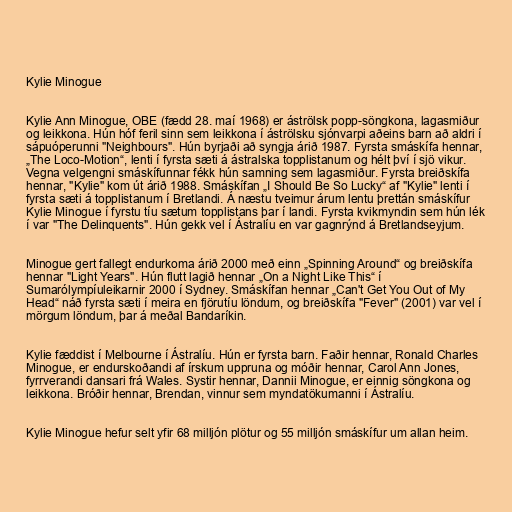
Kylie Minogue

Kylie Ann Minogue, OBE (fædd 28. maí 1968) er áströlsk popp-söngkona, lagasmiður
og leikkona. Hún hóf feril sinn sem leikkona í áströlsku sjónvarpi aðeins barn að aldri í
sápuóperunni "Neighbours". Hún byrjaði að syngja árið 1987. Fyrsta smáskífa hennar,
„The Loco-Motion“, lenti í fyrsta sæti á ástralska topplistanum og hélt því í sjö vikur.
Vegna velgengni smáskífunnar fékk hún samning sem lagasmiður. Fyrsta breiðskífa
hennar, "Kylie" kom út árið 1988. Smáskífan „I Should Be So Lucky“ af "Kylie" lenti í
fyrsta sæti á topplistanum í Bretlandi. Á næstu tveimur árum lentu þrettán smáskífur
Kylie Minogue í fyrstu tíu sætum topplistans þar í landi. Fyrsta kvikmyndin sem hún lék
í var "The Delinquents". Hún gekk vel í Ástralíu en var gagnrýnd á Bretlandseyjum.

Minogue gert fallegt endurkoma árið 2000 með einn „Spinning Around“ og breiðskífa
hennar "Light Years". Hún flutt lagið hennar „On a Night Like This“ í
Sumarólympíuleikarnir 2000 í Sydney. Smáskífan hennar „Can't Get You Out of My
Head“ náð fyrsta sæti í meira en fjörutíu löndum, og breiðskífa "Fever" (2001) var vel í
mörgum löndum, þar á meðal Bandaríkin.

Kylie fæddist í Melbourne í Ástralíu. Hún er fyrsta barn. Faðir hennar, Ronald Charles
Minogue, er endurskoðandi af írskum uppruna og móðir hennar, Carol Ann Jones,
fyrrverandi dansari frá Wales. Systir hennar, Dannii Minogue, er einnig söngkona og
leikkona. Bróðir hennar, Brendan, vinnur sem myndatökumanni í Ástralíu.

Kylie Minogue hefur selt yfir 68 milljón plötur og 55 milljón smáskífur um allan heim.